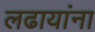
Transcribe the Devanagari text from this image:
लढायांना